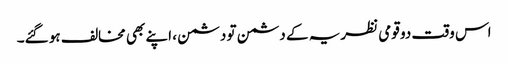
اس وقت دو قومی نظریہ کے دشمن تو دشمن ، اپنے بھی مخالف ہو گئے۔